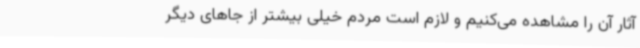
آثار آن را مشاهده می‌کنیم و لازم است مردم خیلی بیشتر از جاهای دیگر